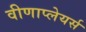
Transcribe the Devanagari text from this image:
वीणाप्लेयर्स